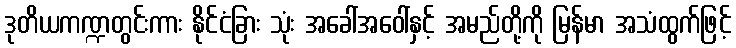
ဒုတိယကဏ္ဍတွင်းကား နိုင်ငံခြား သုံး အခေါ်အဝေါ်နှင့် အမည်တို့ကို မြန်မာ အသံထွက်ဖြင့်